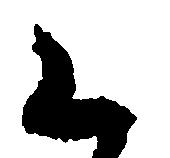
く